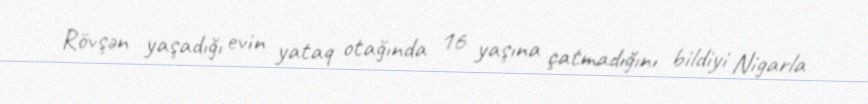
Rövşən yaşadığı evin yataq otağında 16 yaşına çatmadığını bildiyi Nigarla